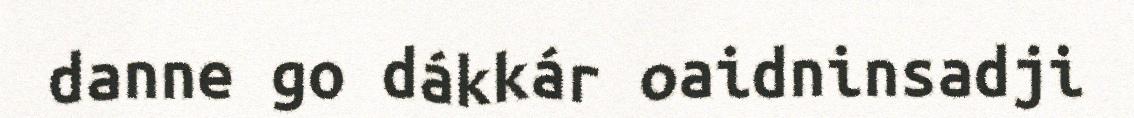
danne go dákkár oaidninsadji